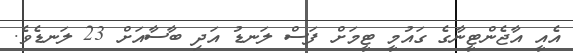
އެއީ އާޖެންޓީނާގެ ގައުމީ ޓީމަށް ފަސް ލަނޑު އަދި ބާސާއަށް 23 ލަނޑެވެ.